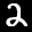
Label: 2